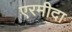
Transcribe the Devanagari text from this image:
एरमीदा